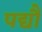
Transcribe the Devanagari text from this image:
पद्यौं